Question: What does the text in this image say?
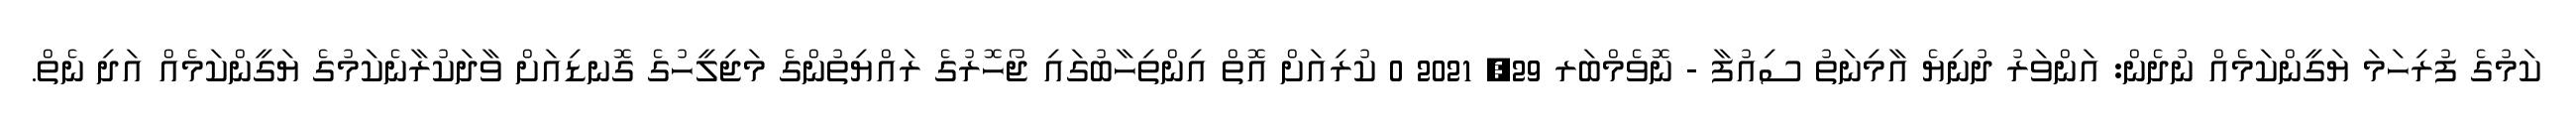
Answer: ކަމުގެ ފުރިހަމަ ޔަގީންކަމެއް ނުދެން: އަންވަރު ދުނިޔެ އާމިނަތު ސިއުފާ - ނޮވެމްބަރ 29, 2021 0 ކުރިއަށް އޮތް އިންތިހާބުގައި ޖޯހޮރުގެ ރައްޔިތުންގެ މަޖިލީހުގެ ގޮނޑިއަށް ވާދަކުރާނެކަމުގެ ޔަގީންކަމެއް އަދި ނެތް.